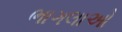
ભાગલાઓ